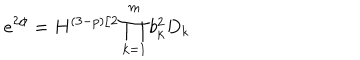
e ^ { 2 \phi } = H ^ { ( 3 - p ) / 2 } \prod _ { k = 1 } ^ { m } b _ { k } ^ { 2 } D _ { k }